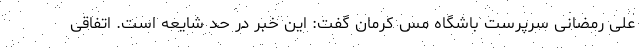
علی رمضانی سرپرست باشگاه مس کرمان گفت: این خبر در حد شایعه است. اتفاقی